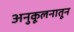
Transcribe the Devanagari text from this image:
अनुकूलनातून